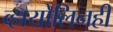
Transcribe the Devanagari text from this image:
व्हायोलिनही